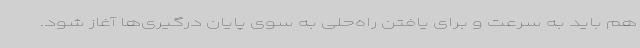
هم باید به سرعت و برای یافتن راه‌حلی به سوی پایان درگیری‌ها آغاز شود.